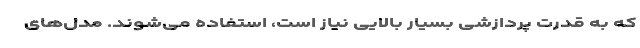
که به قدرت پردازشی بسیار بالایی نیاز است، استفاده می‌شوند. مدل‌های